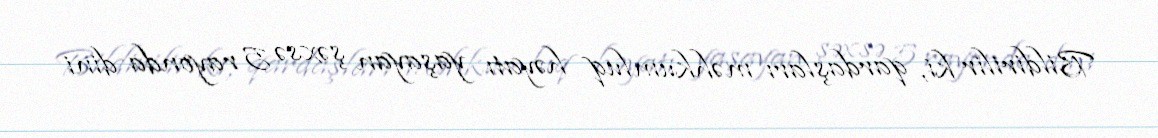
Bildirilir ki, qardaşları məhkumluq həyatı yaşayan şəxsə 5 rayonda dini